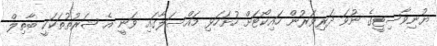
ޔުނިވާސިޓީގެ ނުވަ ދަރިވަރުން ހައިކޯޓަށް ހުށަހަޅި މައްސަލާގައި ވަނީ އެ ޝަރުތުތަކަކީ ބާތިލް